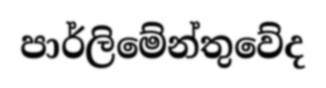
පාර්ලිමේන්තුවේද